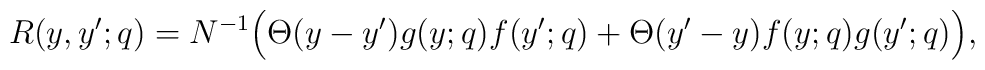
R(y,y';q)=N^{-1}\Big(\Theta(y-y')g(y;q)f(y';q)+\Theta(y'-y)f(y;q)g(y';q)\Big),